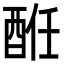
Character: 𨠲